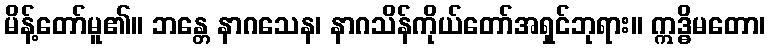
မိန့်တော်မူ၏။ ဘန္တေ နာဂသေန၊ နာဂသိန်ကိုယ်တော်အရှင်ဘုရား။ ဣဒ္ဓိမတော၊